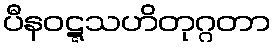
ပီနဝဋ္ဋသဟိတုဂ္ဂတာ